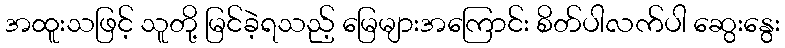
အထူးသဖြင့် သူတို့ မြင်ခဲ့ရသည့် မြေများအကြောင်း စိတ်ပါလက်ပါ ဆွေးနွေး